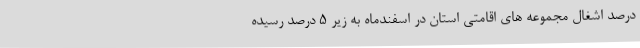
درصد اشغال مجموعه های اقامتی استان در اسفندماه به زیر 5 درصد رسیده